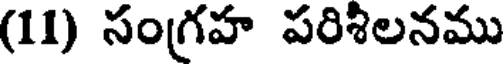
(11) సంగ్రహ పరిశిలనము